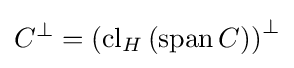
C^{\bot }=\left(\operatorname {cl} _{H}\left(\operatorname {span} C\right)\right)^{\bot }